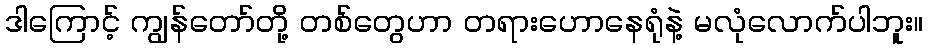
ဒါကြောင့် ကျွန်တော်တို့ တစ်တွေဟာ တရားဟောနေရုံနဲ့ မလုံလောက်ပါဘူး။